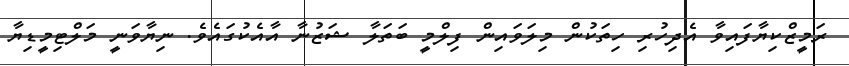
ރަމީޒްކިޔާފައިވާ އެދިހުރި ހިތަކުން މިލަވައިން ފިލްމީ ބަތަލާ ޝަޒުނާ އާއެކުގައެވެ. ނިޔާވަނީ މަލްޓިމީޑިޔާ